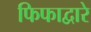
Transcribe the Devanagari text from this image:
फिफाद्वारे